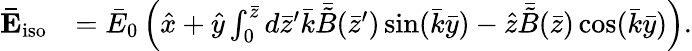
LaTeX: \begin{array}{rl}{\mathbf{\bar{E}}_{\mathrm{iso}}}&{=\bar{E}_{0}\left(\hat{x}+\hat{y}\int_{0}^{\bar{z}}d\bar{z}^{\prime}\bar{k}\bar{\tilde{B}}(\bar{z}^{\prime})\sin(\bar{k}\bar{y})-\hat{z}\bar{\tilde{B}}(\bar{z})\cos(\bar{k}\bar{y})\right).}\end{array}